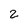
Character: z